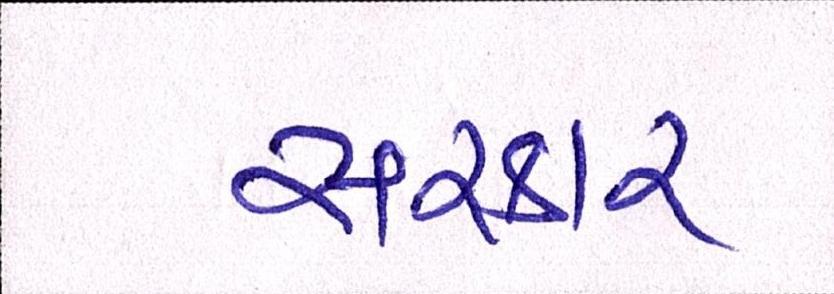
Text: સરકાર